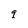
Character: q